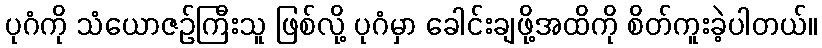
ပုဂံကို သံယောဇဉ်ကြီးသူ ဖြစ်လို့ ပုဂံမှာ ခေါင်းချဖို့အထိကို စိတ်ကူးခဲ့ပါတယ်။